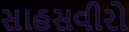
સાહસવીરો